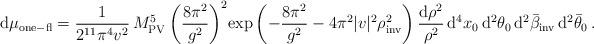
LaTeX: \begin{align*}{\rm d}\mu_{\rm one-fl}= \frac{1}{2^{11}\pi^4 v^2 }\, M_{\rm PV}^5 \left( \frac{8\pi^2}{g^2}\right)^2 \!\exp\left( -\frac{8\pi^2}{g^2}-4\pi^2|v|^2\rho^2_{\rm inv}\right) \frac{ {\rm d}\rho^2}{\rho^2}\, {\rm d}^4 x_0\, {\rm d}^2\theta_0 \, {\rm d}^2\bar\beta_{\rm inv}\, {\rm d}^2\bar\theta_0 \, .\end{align*}